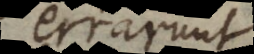
errarunt,